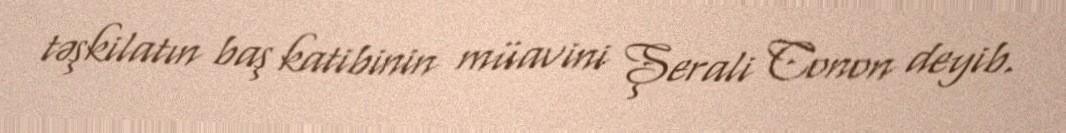
təşkilatın baş katibinin müavini Şerali Conon deyib.